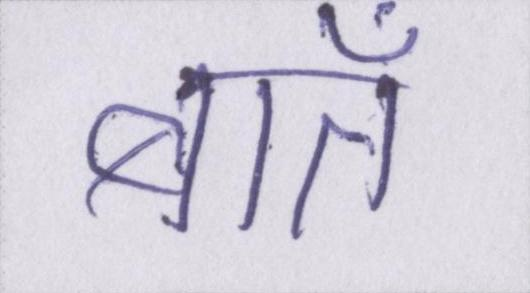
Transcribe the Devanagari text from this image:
बातेँ